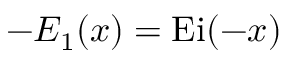
- E _ { 1 } ( x ) = \operatorname { E i } ( - x )